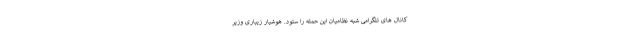
کانال های تلگرامی شبه نظامیان این حمله را ستود. هوشیار زیباری وزیر